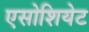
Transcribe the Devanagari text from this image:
एसोशियेट